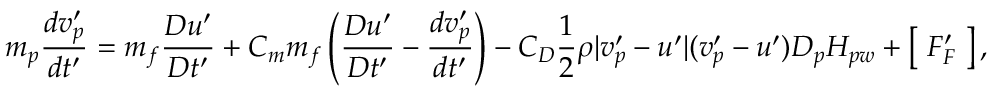
m _ { p } \frac { d v _ { p } ^ { \prime } } { d t ^ { \prime } } = m _ { f } \frac { D u ^ { \prime } } { D t ^ { \prime } } + C _ { m } m _ { f } \left( \frac { D u ^ { \prime } } { D t ^ { \prime } } - \frac { d v _ { p } ^ { \prime } } { d t ^ { \prime } } \right) - C _ { D } \frac { 1 } { 2 } \rho | v _ { p } ^ { \prime } - u ^ { \prime } | ( v _ { p } ^ { \prime } - u ^ { \prime } ) D _ { p } H _ { p w } + \left[ \; F _ { F } ^ { \prime } \; \right] ,